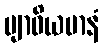
ဗျာဓိယမာနံ